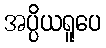
အပ္ပိယရူပေ